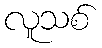
လူသစ်